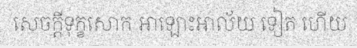
សេចក្តីទុក្ខសោក អាឡោះអាល័យ ទៀត ហើយ